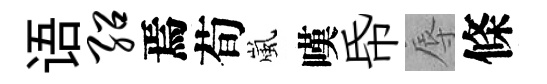
语绍焉荀嵐嘆帋辱條